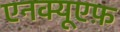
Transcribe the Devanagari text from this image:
एनक्यूएफ़